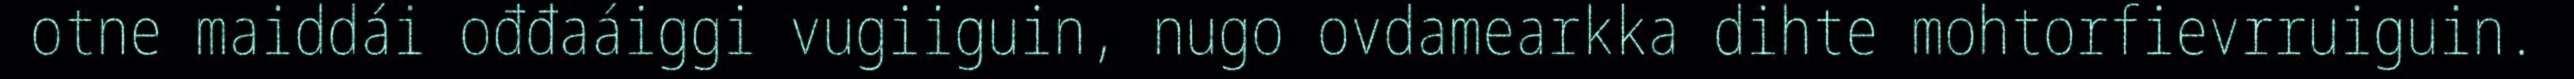
otne maiddái ođđaáiggi vugiiguin, nugo ovdamearkka dihte mohtorfievrruiguin.